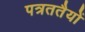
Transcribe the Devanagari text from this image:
पत्रततैयों